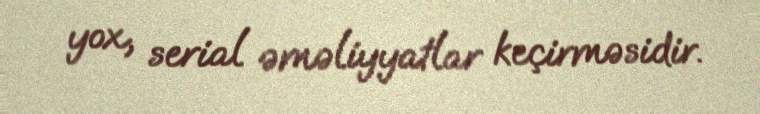
yox, serial əməliyyatlar keçirməsidir.